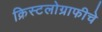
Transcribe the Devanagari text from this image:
क्रिस्टलोग्राफीचे